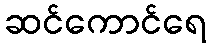
ဆင်ကောင်ရေ